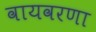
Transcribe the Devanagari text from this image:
वायवरणा